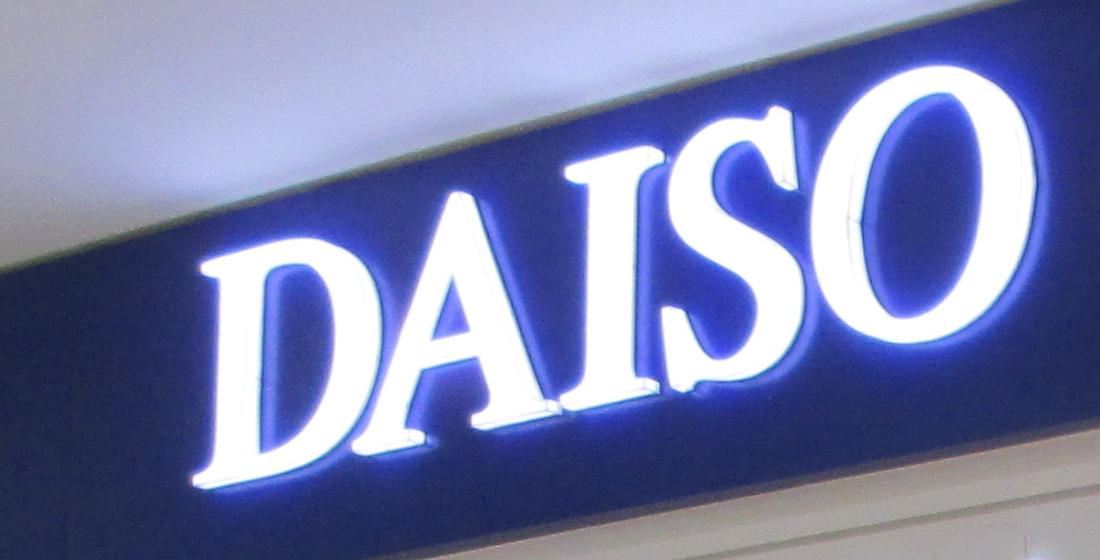
daiso